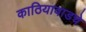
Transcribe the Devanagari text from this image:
काठियावाडचे